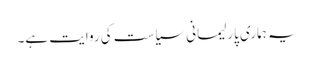
یہ ہماری پارلیمانی سیاست کی روایت ہے۔